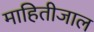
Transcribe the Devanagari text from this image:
माहितीजाल